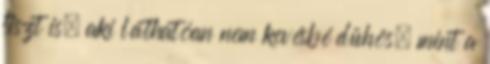
tiszt is, aki láthatóan nem kevésbé dühös, mint a